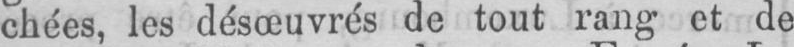
chées, les désœuvrés de tout rang et de